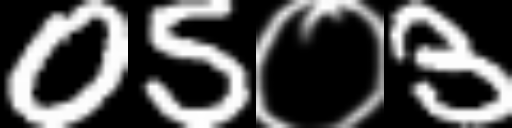
Text: 05०3